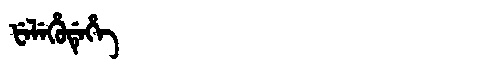
Manchu: ᡶᡝᠯᡝᡥᡠᡩᡝᡥᡝ
Romanization: FELEHUDEHE